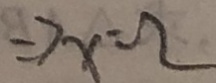
\Rightarrow x = 2